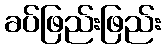
ခပ်ဖြည်းဖြည်း